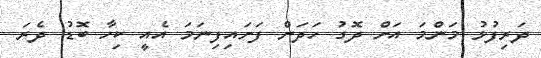
ދަރިފުޅު މަންމަ އަށް ދޮގު ހަދަން ފަށައިފިނަމަ އެއީ ކިހާ ބޮޑު ދެރަ